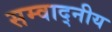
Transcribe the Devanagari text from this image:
सम्वाद्नीय